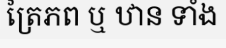
ត្រៃភព ឬ ឋាន ទាំង